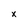
Character: x